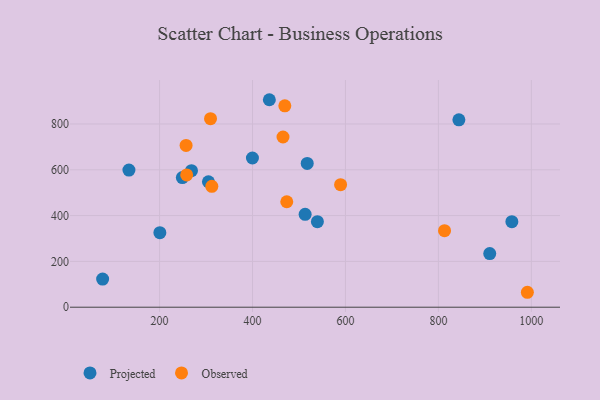
{"axis": {"x": "Engine Size", "y": "Salary"}, "legend": ["Observed", "Projected"], "data": [{"x": "910.5", "y": 234.2, "type": "Projected"}, {"x": "200.6", "y": 325.4, "type": "Projected"}, {"x": "539.6", "y": 373.5, "type": "Projected"}, {"x": "844.1", "y": 818.0, "type": "Projected"}, {"x": "436.2", "y": 905.9, "type": "Projected"}, {"x": "249.0", "y": 566.0, "type": "Projected"}, {"x": "958.1", "y": 373.4, "type": "Projected"}, {"x": "513.2", "y": 405.7, "type": "Projected"}, {"x": "134.0", "y": 598.8, "type": "Projected"}, {"x": "268.6", "y": 596.1, "type": "Projected"}, {"x": "77.4", "y": 122.8, "type": "Projected"}, {"x": "399.8", "y": 651.4, "type": "Projected"}, {"x": "305.1", "y": 547.8, "type": "Projected"}, {"x": "517.7", "y": 627.9, "type": "Projected"}, {"x": "257.0", "y": 706.3, "type": "Observed"}, {"x": "309.6", "y": 823.2, "type": "Observed"}, {"x": "589.5", "y": 534.9, "type": "Observed"}, {"x": "258.3", "y": 577.6, "type": "Observed"}, {"x": "312.4", "y": 527.8, "type": "Observed"}, {"x": "473.7", "y": 460.5, "type": "Observed"}, {"x": "465.6", "y": 743.2, "type": "Observed"}, {"x": "813.2", "y": 334.3, "type": "Observed"}, {"x": "469.5", "y": 879.3, "type": "Observed"}, {"x": "991.5", "y": 65.2, "type": "Observed"}]}